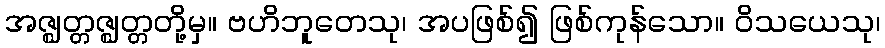
အဇ္ဈတ္တဇ္ဈတ္တတို့မှ။ ဗဟိဘူတေသု၊ အပဖြစ်၍ ဖြစ်ကုန်သော။ ဝိသယေသု၊